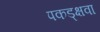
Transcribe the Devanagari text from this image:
पकड्क्षवा